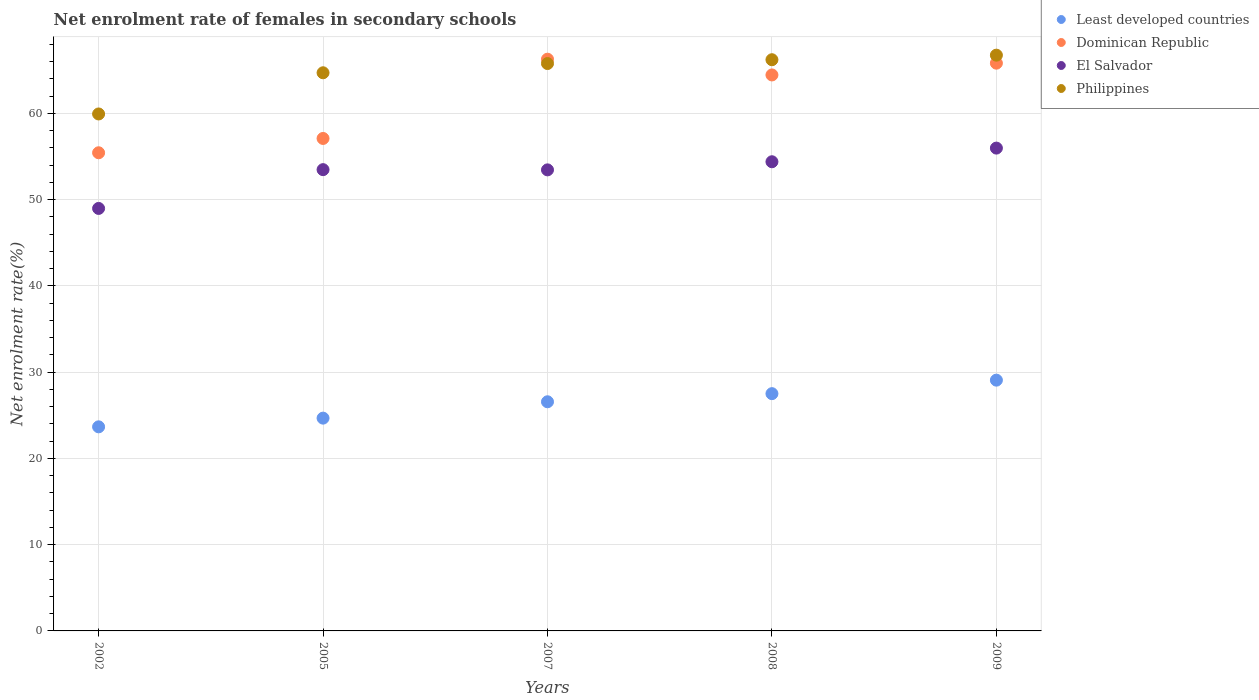
| Years | Least developed countries | Dominican Republic | El Salvador | Philippines |
 | --- | --- | --- | --- | --- |
 | 2002 | 23.7 | 55.4 | 49 | 59.9 |
 | 2005 | 24.7 | 57.1 | 53.5 | 64.7 |
 | 2007 | 26.6 | 66.3 | 53.4 | 65.8 |
 | 2008 | 27.5 | 64.4 | 54.4 | 66.2 |
 | 2009 | 29.1 | 65.8 | 56 | 66.7 |